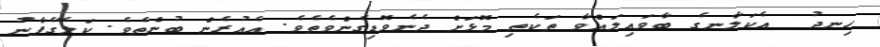
ހިނދު  އެކަލާނގެ ބާވައިލައްވާ ތަކެތި މޮޅަށް ދެނެވޮޑިގެންވެތެވެ. އެއުރެން ބުނެތެވެ. ކަލޭގެފާނު